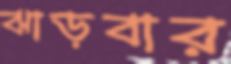
ঝাড়বার